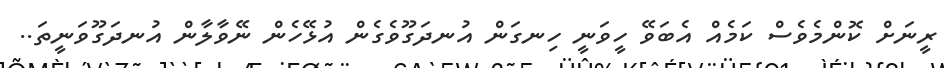
ރީނަށް ކޮންމެވެސް ކަމެއް އެބަވޭ ހީވަނީ ހިނގަން އުނދަގޫވެގެން އުޅޭހެން ނޭވާލާން އުނދަގޫވަނީތަ..